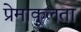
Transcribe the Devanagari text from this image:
प्रेमाकुलता